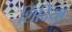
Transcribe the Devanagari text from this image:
शिंदिया